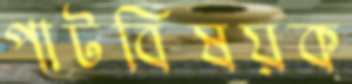
পাটবিষয়ক